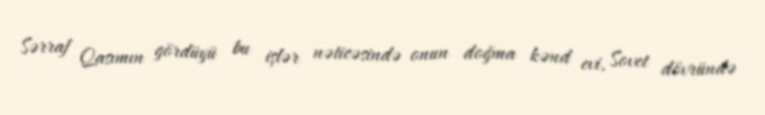
Sərraf Qasımın gördüyü bu işlər nəticəsində onun doğma kənd evi, Sovet dövründə